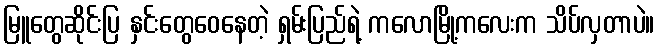
မြူတွေဆိုင်းပြ နှင်းတွေဝေနေတဲ့ ရှမ်းပြည်ရဲ့ ကလောမြို့ကလေးက သိပ်လှတာပဲ။